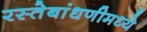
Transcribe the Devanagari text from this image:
रस्तेबांधणीमध्ये